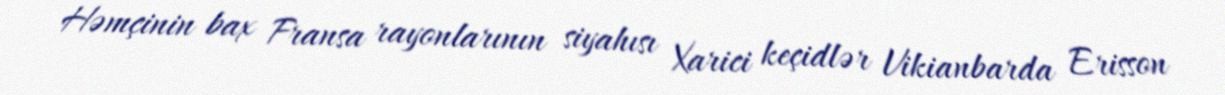
Həmçinin bax Fransa rayonlarının siyahısı Xarici keçidlər Vikianbarda Erisson